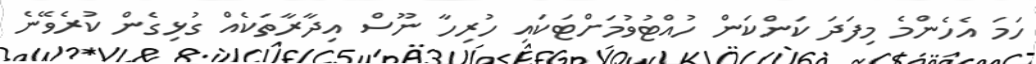
ހަމަ އެހެންމެ މިފަދަ ކަންކަން ހުއްޓުވުމަށްޓަކައި ހުރިހާ ނޫސް އިދާރާތަކެއް ގުޅިގެން ކުރެވޭނެ